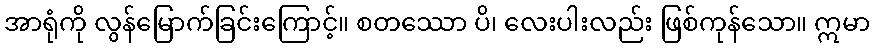
အာရုံကို လွန်မြောက်ခြင်းကြောင့်။ စတဿော ပိ၊ လေးပါးလည်း ဖြစ်ကုန်သော။ ဣမာ